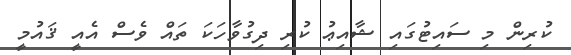
ކުރިން މި ސައިޓުގައި ޝާއިޢު ކުރި ދިގުވާހަކަ ތައް ވެސް އެއީ ޤައުމީ